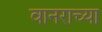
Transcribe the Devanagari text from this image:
वानराच्या